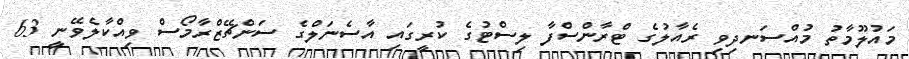
މައުލޫމާތު މުއްސަނދިވި ރެއާލުގެ ޓްރާންސްފާ ލިސްޓުގެ ކުރީގައި އާސެނަލްގެ ސަންޗޭޒްރާމޯސް ވިއްކާލެވޭނީ 63